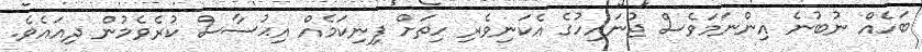
ބަހެއް ނުބުނެ އިންނަމަވެސް ޖުނައިހުގެ އެކަނިވެރި ހިތަށް ފިނިކަމެއް އިޙުސާސް ކުރެވެމުން ދިއައެވެ.